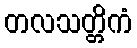
တလသတ္တိကံ